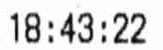
18:43:22